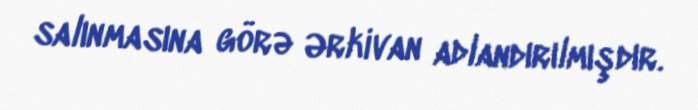
salınmasına görə Ərkivan adlandırılmışdır.